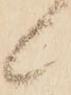
候